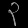
Digit: ၃